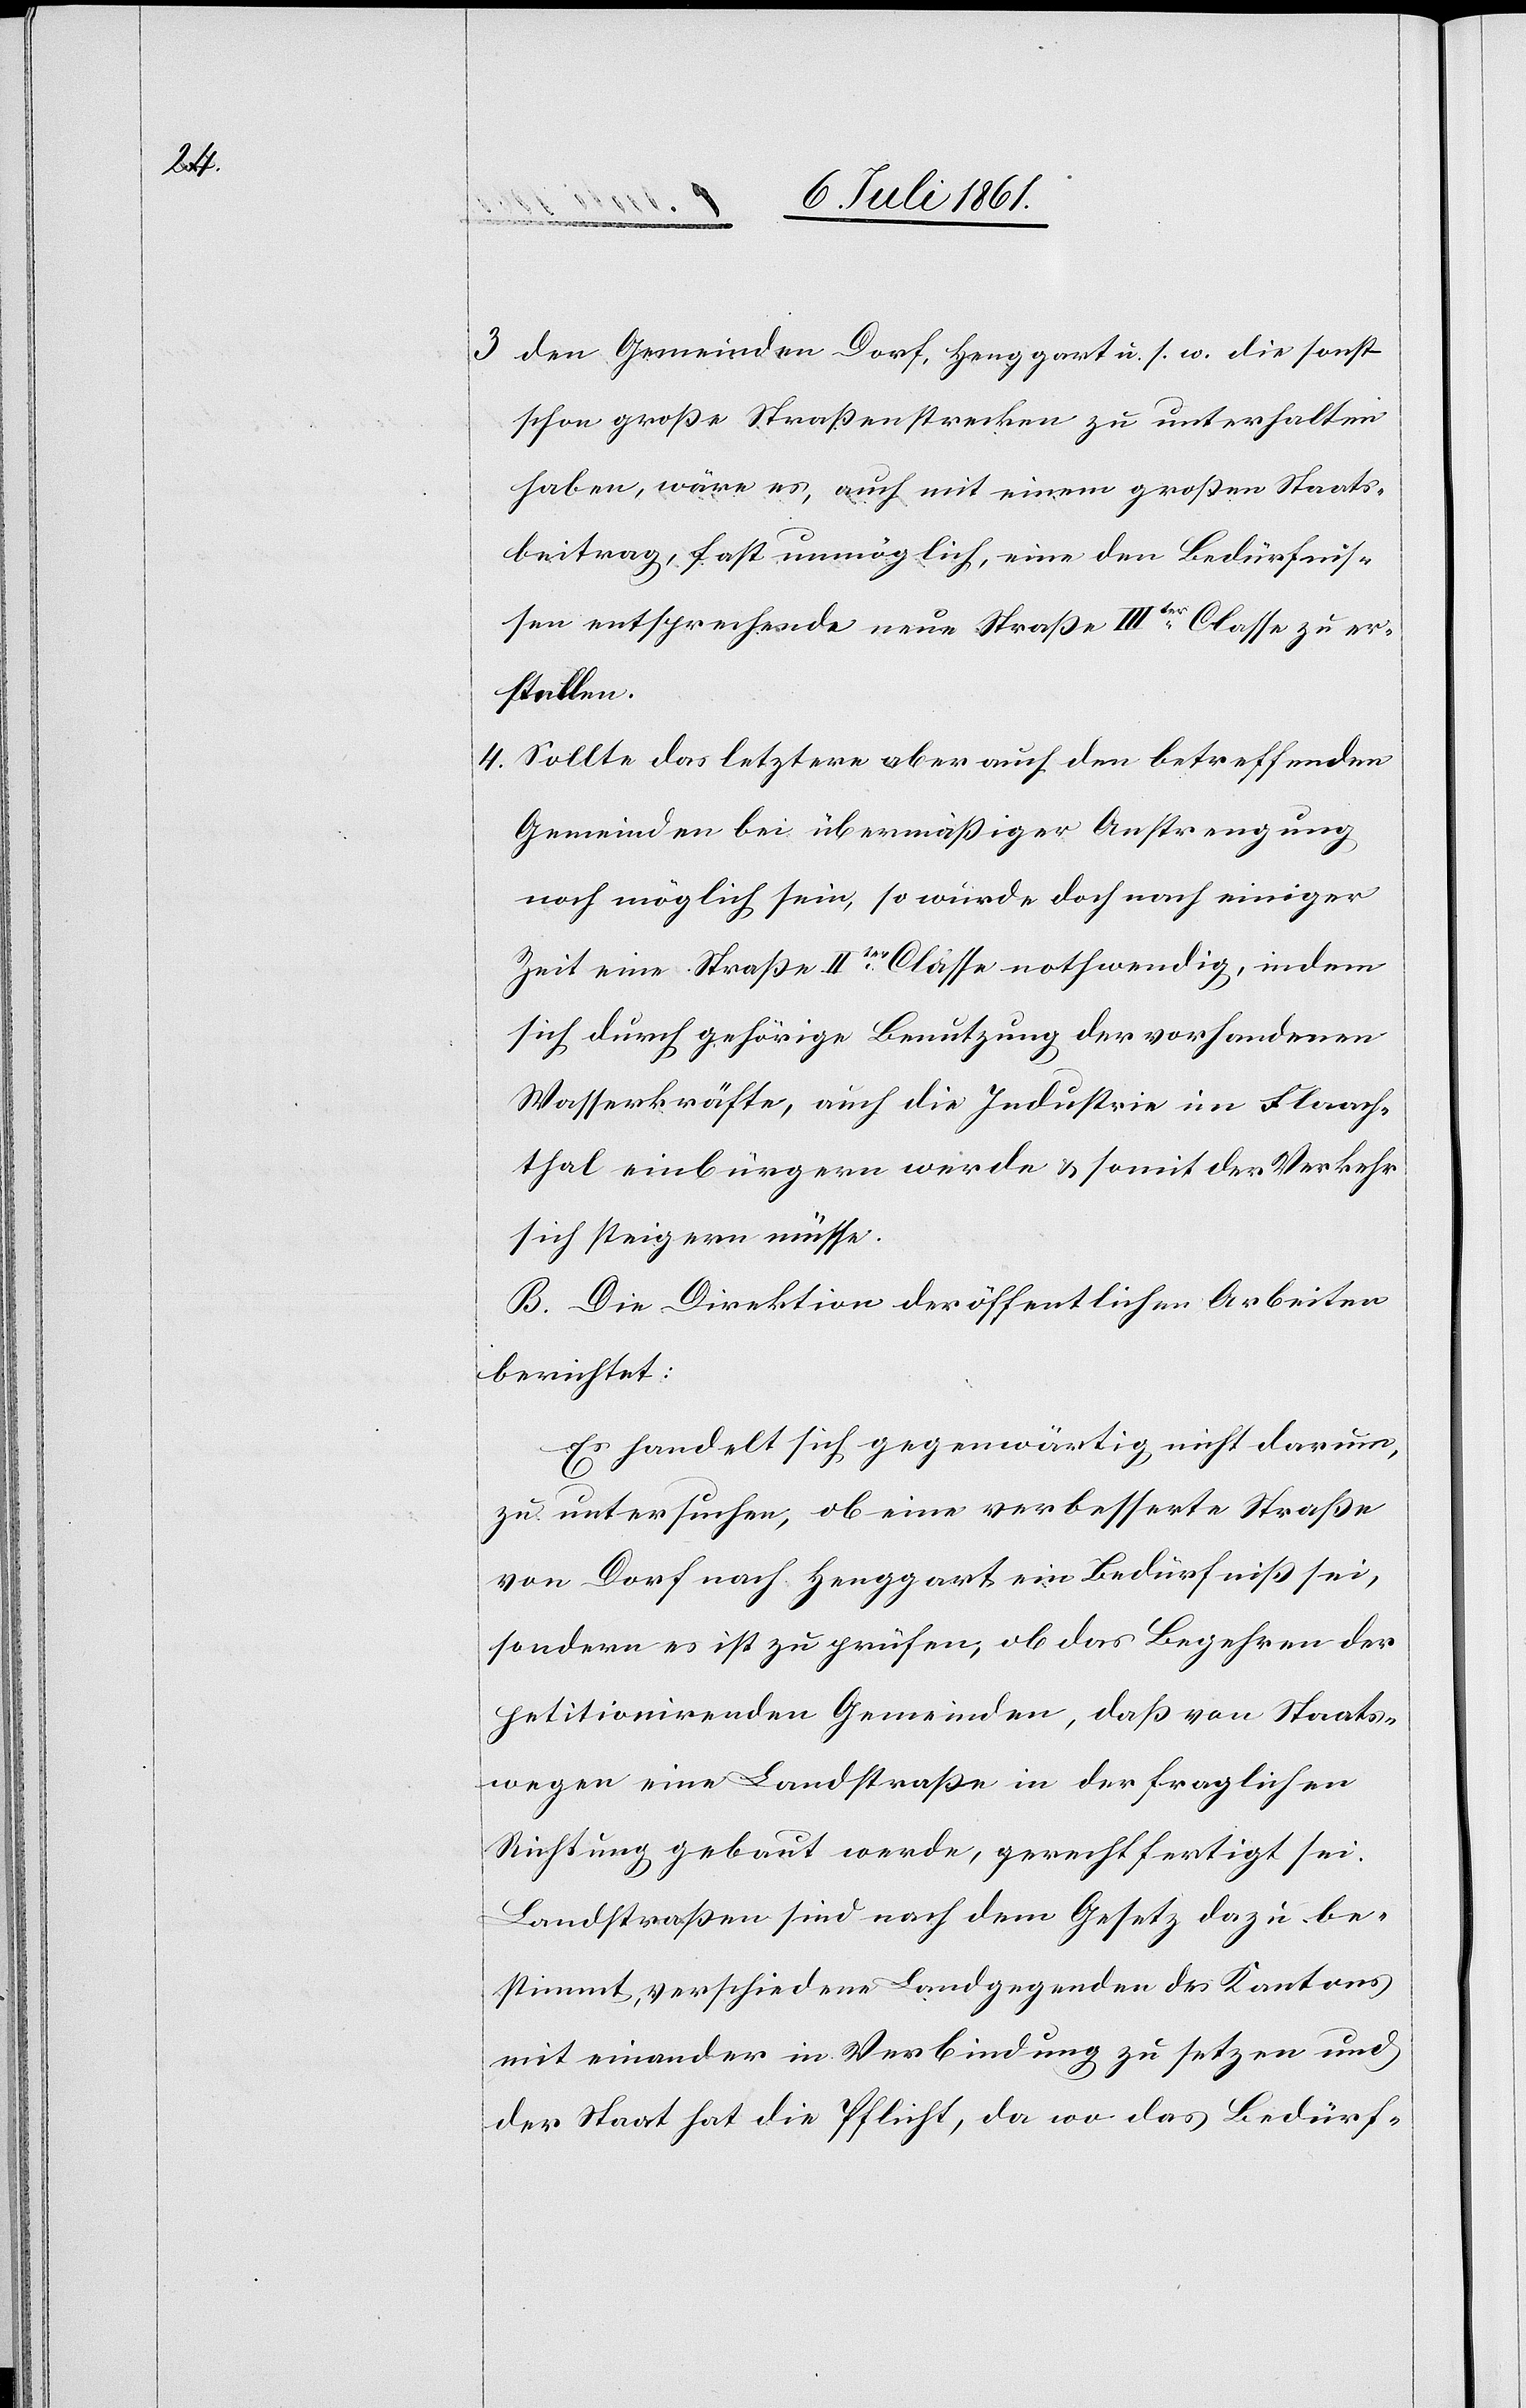
3. den Gemeinden Dorf, Henggart u. s. w. die sonst
schon große Straßenstrecken zu unterhalten
haben, wäre es, auch mit einem großen Staats¬
beitrag, fast unmöglich, eine den Bedürfnis¬
sen entsprechende neue Straße IIIter Classe zu er¬
stellen.
4. Sollte das letztere aber auf den betreffenden
Gemeinden bei übermäßiger Anstrengung
noch möglich sein, so würde doch nach einiger
Zeit eine Straße IIIter Classe nothwendig, indem
sich durch gehörige Benutzung der vorhandenen
Wasserkräfte, auch die Industrie im Flaach¬
thal einbürgern werde u. somit der Verkehr
sich steigern müsse.
B. Die Direktion der öffentlichen Arbeiten
berichtet:
Es handelt sich gegenwärtig nicht darum,
zu untersuchen, ob eine verbesserte Straße
von Dorf nach Henggart ein Bedürfniß sei,
sondern es ist zu prüfen, ob das Begehren der
petitionirenden Gemeinden, daß von Staats¬
wegen eine Landstraße in der fraglichen
Richtung gebaut werde, gerechtfertigt sei.
Landstraßen sind nach dem Gesetz dazu be¬
stimmt, verschiedene Landgegenden des Kantons
miteinander in Verbindung zu setzen und
der Staat hat die Pflicht, da wo das Bedürf-